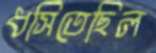
ধসিতেছিল